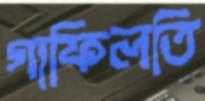
গাফিলতি